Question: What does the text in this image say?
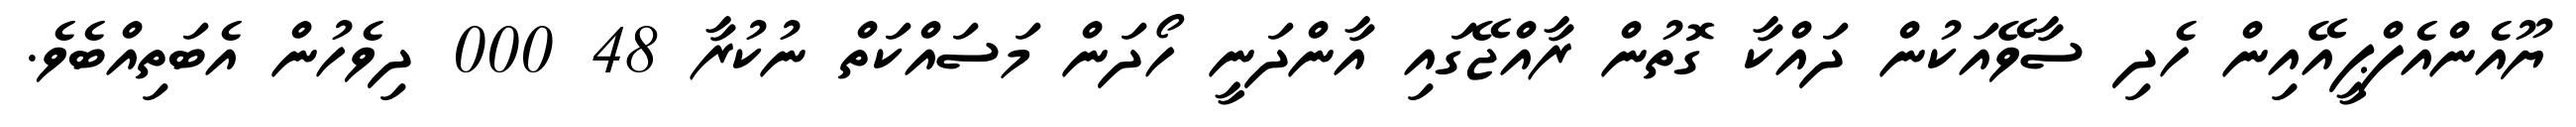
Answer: ޔޫއެންއެފްޕީއޭއިން ހެދި ސާވޭއަކުން ދައްކާ ގޮތުން ރާއްޖޭގައި އާންދަނީ ހޯދަން މަސައްކަތް ނުކުރާ 48 000 ދިވެހުން އެބަތިއްބެވެ.